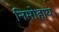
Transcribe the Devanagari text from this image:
निमोहाय